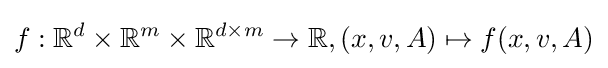
f:\mathbb {R} ^{d}\times \mathbb {R} ^{m}\times \mathbb {R} ^{d\times m}\rightarrow \mathbb {R} ,(x,v,A)\mapsto f(x,v,A)